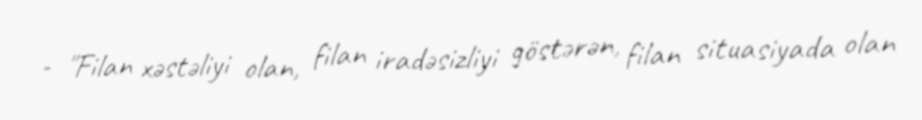
- "Filan xəstəliyi olan, filan iradəsizliyi göstərən, filan situasiyada olan